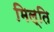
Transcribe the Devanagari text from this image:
मिल्ति